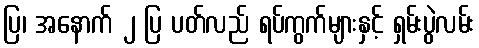
ပြ၊ အနောက် ၂ ပြ ပတ်လည် ရပ်ကွက်များနှင့် ရှမ်းပွဲလမ်း